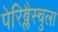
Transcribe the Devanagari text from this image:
पेरिब्लैस्चुला